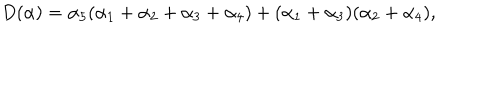
D ( \alpha ) = \alpha _ { 5 } ( \alpha _ { 1 } + \alpha _ { 2 } + \alpha _ { 3 } + \alpha _ { 4 } ) + ( \alpha _ { 1 } + \alpha _ { 3 } ) ( \alpha _ { 2 } + \alpha _ { 4 } ) ,